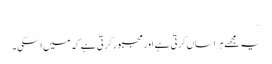
…
یہ مجھے ہراساں کرتی ہے اور مجبور کر تی ہے کہ میں اسکی ۔